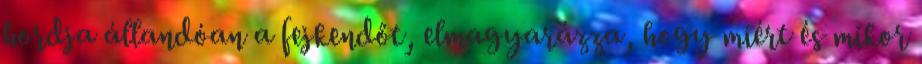
hordja állandóan a fejkendőt, elmagyarázza, hogy miért és mikor